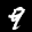
Label: 9